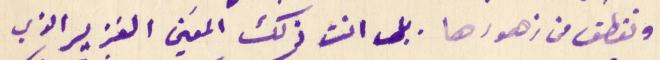
ونقطف من زهورها. بل انت ذلك المعين الغزير الذي